Annual report on the health of the army in India
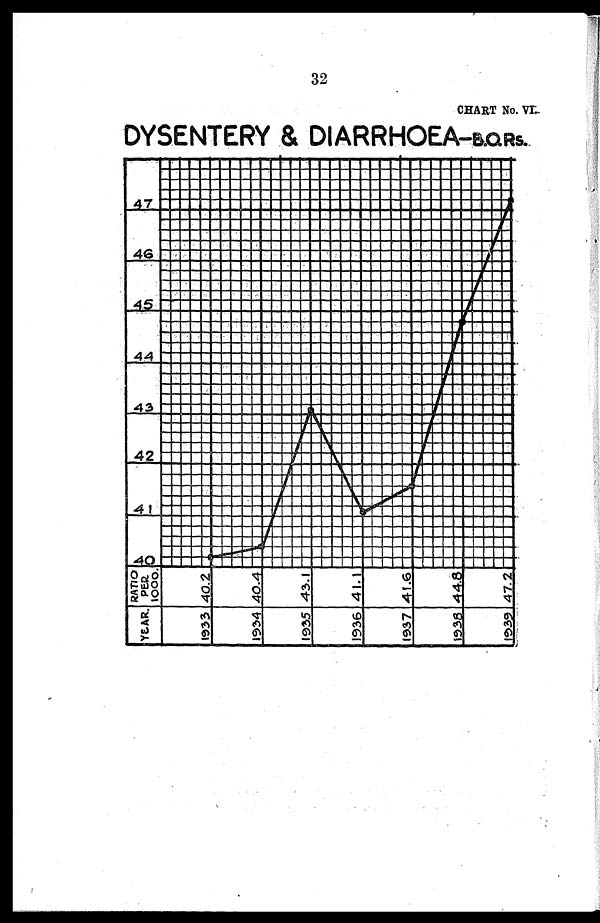
32
CHART NO. VI.
DYSENTERY & DIARRHOEA—B.O.R.S
R A T I O P E R 1 0 0 0 .
1
Y E A R .